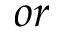
o r